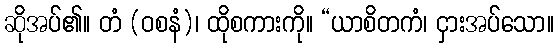
ဆိုအပ်၏။ တံ (ဝစနံ)၊ ထိုစကားကို။ “ယာစိတကံ၊ ငှားအပ်သော။